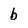
Character: b